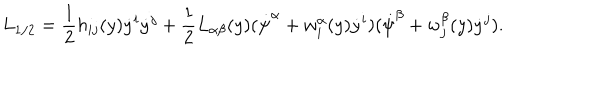
LaTeX: L _ { 1 / 2 } = \frac { 1 } { 2 } h _ { i j } ( y ) \dot { y } ^ { i } \dot { y } ^ { j } + \frac { 1 } { 2 } L _ { \alpha \beta } ( y ) ( \dot { \psi } ^ { \alpha } + w _ { i } ^ { \alpha } ( y ) \dot { y } ^ { i } ) ( \dot { \psi } ^ { \beta } + w _ { j } ^ { \beta } ( y ) \dot { y } ^ { j } ) .